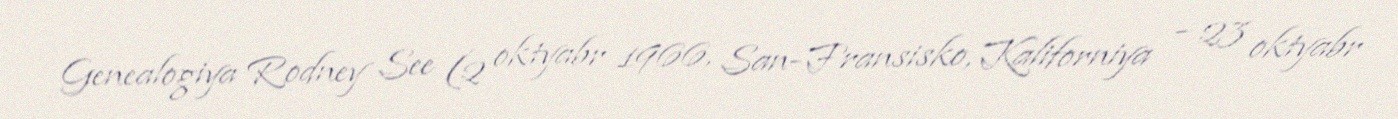
Genealogiya Rodney See (2 oktyabr 1966, San-Fransisko, Kaliforniya – 23 oktyabr